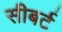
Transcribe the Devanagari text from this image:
सीबर्ट